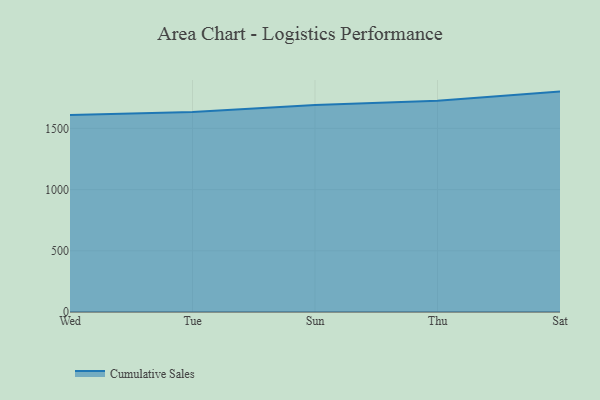
{"axis": {"x": "Day", "y": "Satisfaction Score"}, "legend": ["Cumulative Sales"], "data": [{"x": "Wed", "y": 1609.8, "type": "Cumulative Sales"}, {"x": "Tue", "y": 1634.4, "type": "Cumulative Sales"}, {"x": "Sun", "y": 1690.6, "type": "Cumulative Sales"}, {"x": "Thu", "y": 1725.6, "type": "Cumulative Sales"}, {"x": "Sat", "y": 1800.8, "type": "Cumulative Sales"}]}